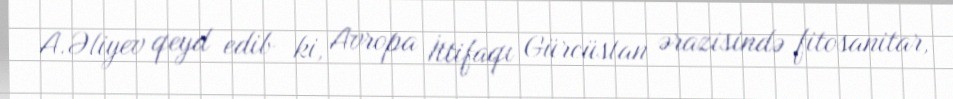
A.Əliyev qeyd edib ki, Avropa İttifaqı Gürcüstan ərazisində fitosanitar,